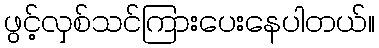
ဖွင့်လှစ်သင်ကြားပေးနေပါတယ်။